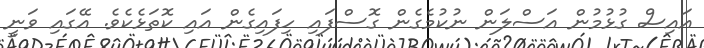
އައިސް ގުޅުމުން އަސްލަން ނުކުމެގެން ގޮސްފައި ހިފައިގެން އައި ކޮތަޅެކެވެ. އޭގައި ވަނީ